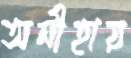
অনীহায়